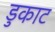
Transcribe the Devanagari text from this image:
डुकाट